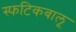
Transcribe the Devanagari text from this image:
स्फटिकबालू